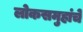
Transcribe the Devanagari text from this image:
लोकसमुहांचे